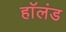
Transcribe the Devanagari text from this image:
हाॅलंड